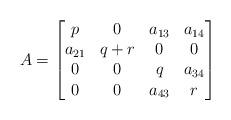
LaTeX: \begin{align*}A=\left[\begin{matrix}p&0&a_{13}&a_{14}\\a_{21}&q+r&0&0\\0&0&q&a_{34}\\0&0&a_{43}&r\end{matrix}\right]\end{align*}